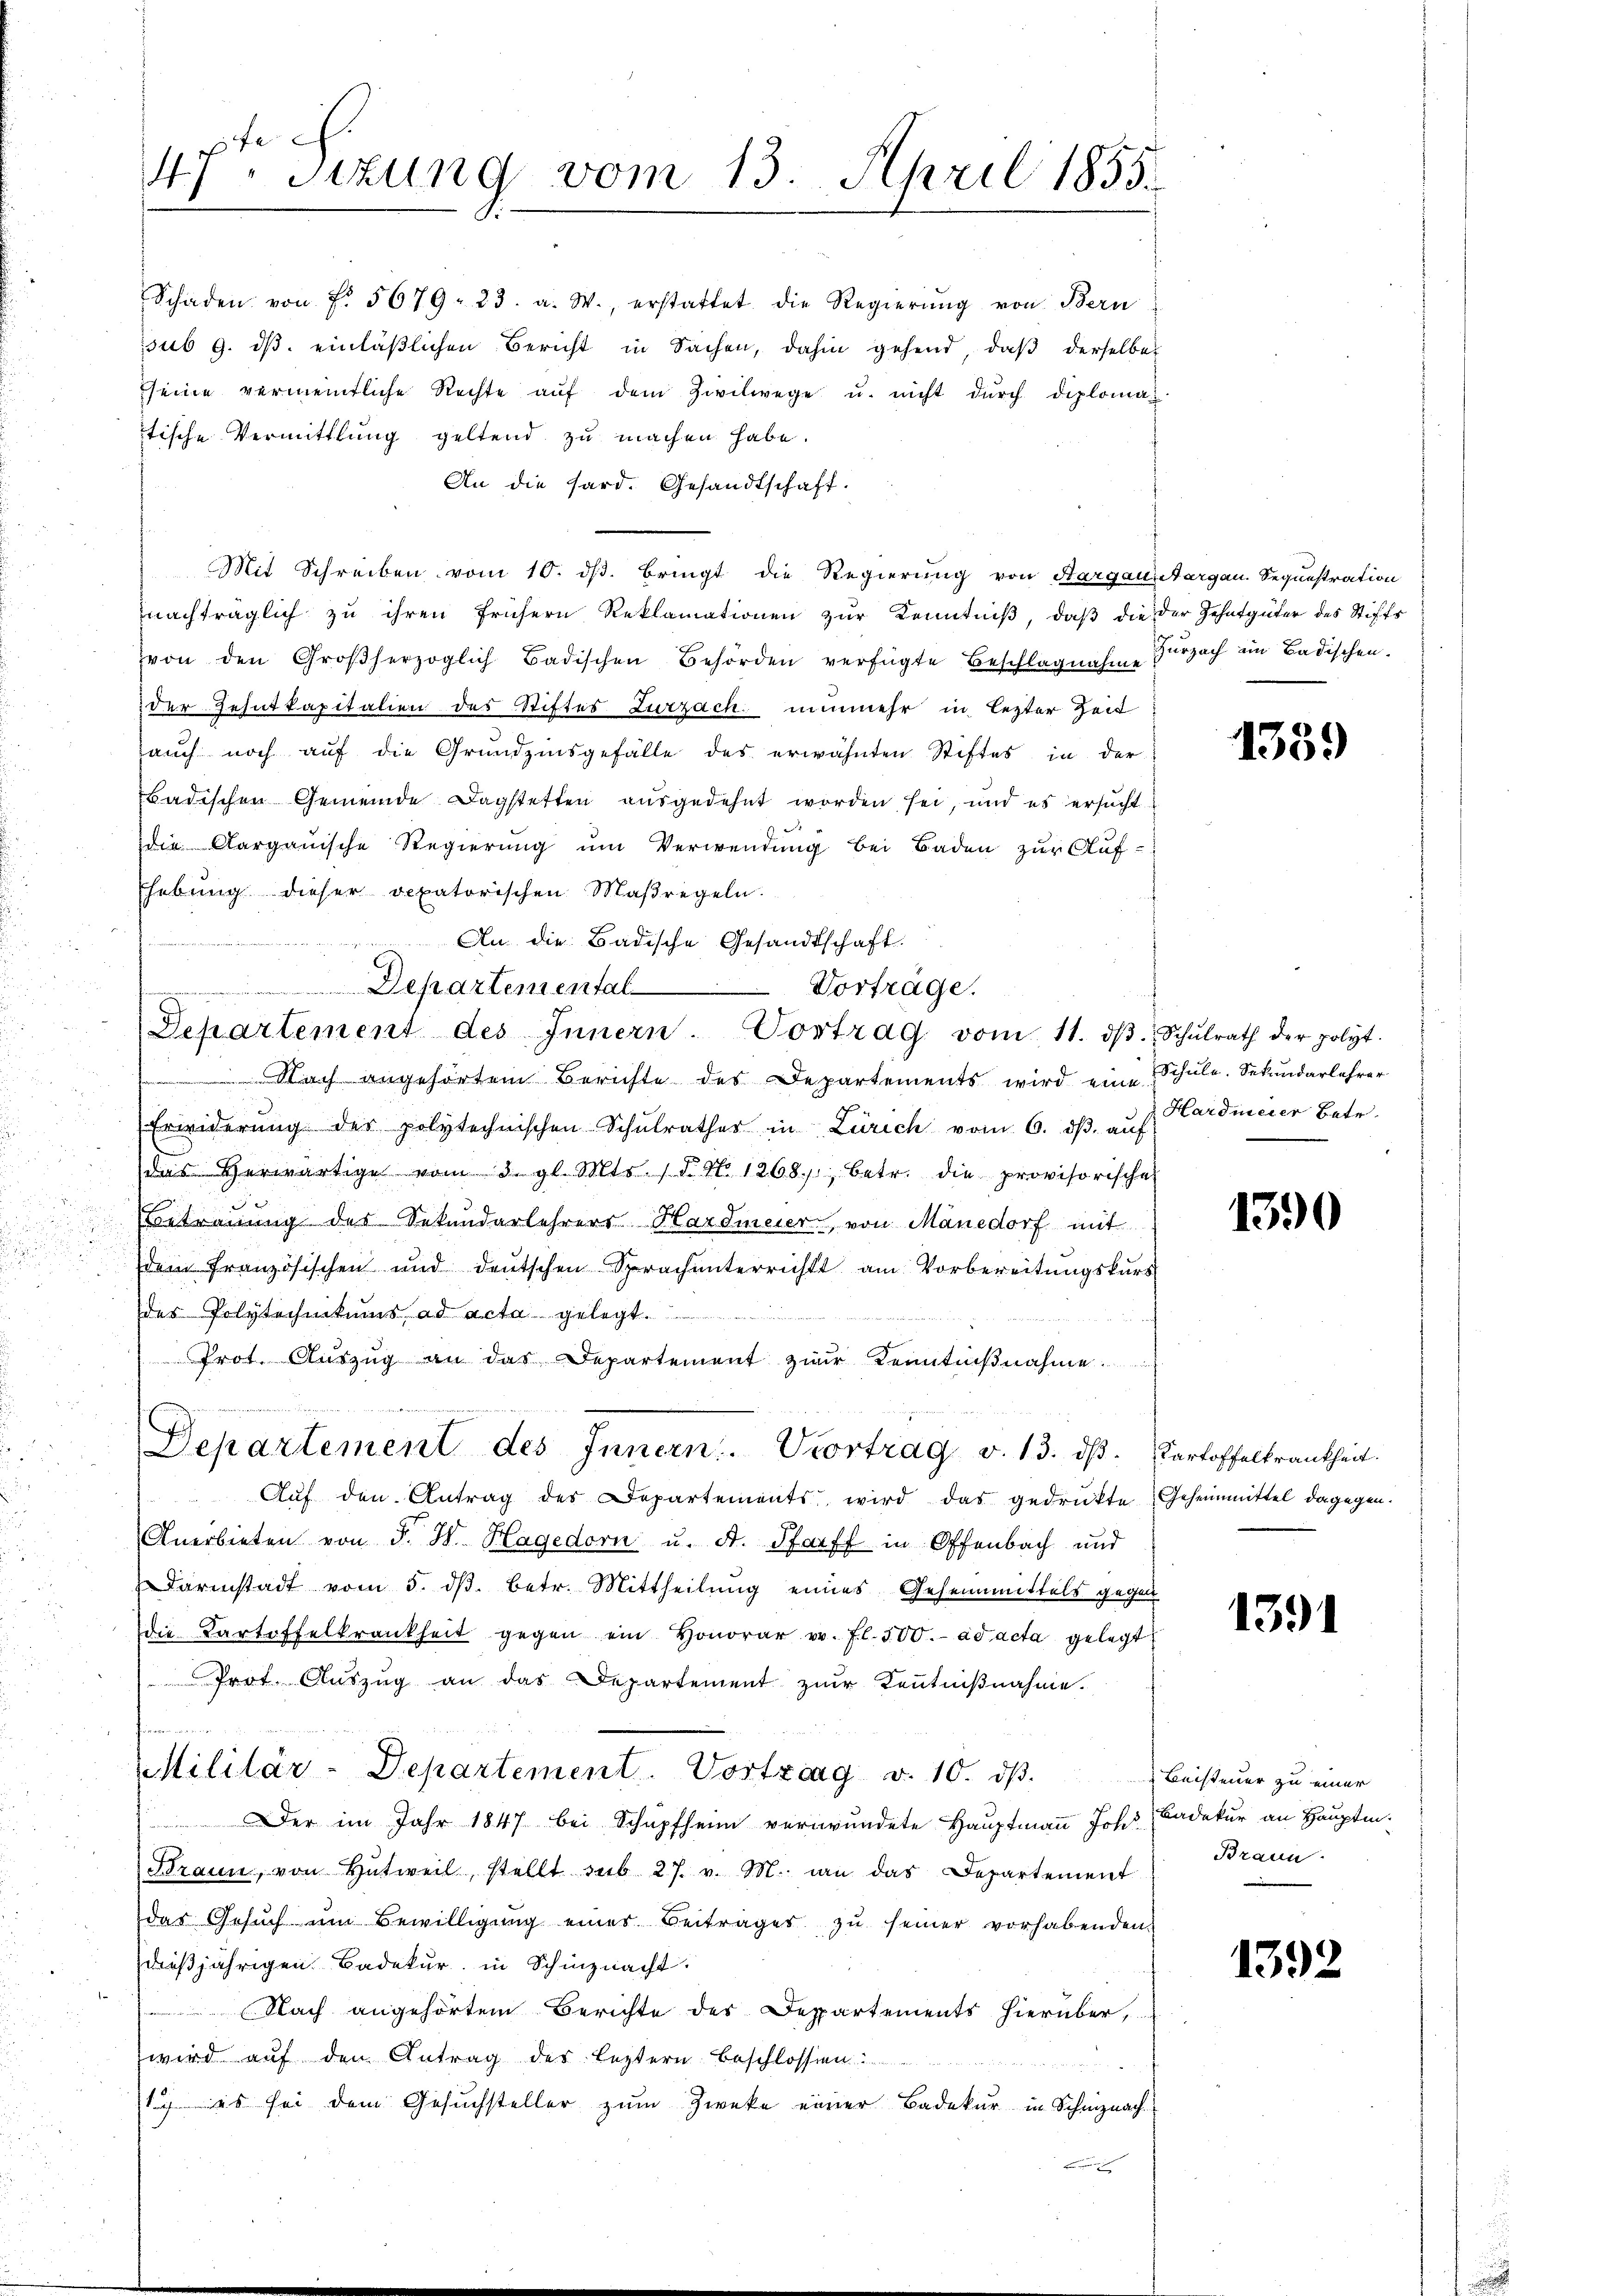
u

Schaden von f. 5679. 23. a. W., erstattet die Regierŭng von Bern
sub 9. ds. einläßlichen Bericht in Sachen, dahin gehend, daß derselbe
seine vermeintliche Rechte aŭf dem Zivilwege u. nicht dŭrch diploma
tische Vermittlung geltend zu machen habe.
An die Hard. Gesandtschaft.
Mit Schreiben vom 10. ds. bringt die Regierung von Aargauitargau Sequestration
nachträglich zu ihren frühern Reklamationen zur Kenntniß, daß die der Zehntgüter des Stiffs
von den Großherzoglich Badischen Behörden verfügte Beschlagnahm Herzach im Badischen.
der Zehntkapitalien des Stiftes Zurzach nunmehr in lezter Zeit
auch noch auf die Grundzinsgefälle des erwähnten Stiftes in der
Badischen Gemeinde Dagstetten ausgedehnt worden sei, und es ersucht
4
die Aargauische Regierŭng ŭm Verwendŭng bei Baden zŭr Aŭf-
Ehebung dieser vexatorischen Maßregeln.
An die Badische Gesandtschaft
Departemental Vorträge.
Separtement des Innern. Vortrag vom 11. dβ. Schŭlrath der polyt
ach angehörtem Berichte des Departements wird eine Schule. Sekundarlehrer
Erwiderŭng der polytechnischen Schŭlrathes in Zürich vom 6. dβ aŭf Hardmeier Betr.
das Herwärtige vom 3. gl. Mts. (T. No 1268. betr. die provisorische
Betrauung des Sekundarlehrers Hardmeier, von Mänedorf mit
dem französischen und deutschen Sprach unterrichts am Vorbereitungskurs
der Polytechnikums ad acta gelegt.
Prof. Auszug an das Departement zur Kenntniβnahme.
Departement des Innern. Vortrag v. 13. dβ. Cartoffelkrankheit.
Aŭf den Antrag des Departements wird das gedrükte Geheimmittel dagegen.
Anerbieten von F. W. Hagedorn u. A. Pfarff in Offenbach und
Darmstadt vom 5. ds. betr. Mittheilung eines Gehenmittels gegen
die Kartoffelkrankheit gegen ein Honorar v. fl. 500. ad acta gelegt
Prot. Auszug an das Departement zur Kenntnißnahme.
d
Militär-Departement. Vortrag d. 10. dβ
Der im Jahr 1847 bei Schüpfheim verwundete Hauptmann Joh. Cadetur an Hauptm
Braun, von Entweil, stellt sub 27. v. M. in das Departement
das Gesŭch ŭm Bewilligŭng einer Beitrages zu seiner vorhabenden
dießjährigen Badekur in Schinznacht.
 Nach angehörtem Berichte des Deppartements hierüber,
wird auf den Antrag des leztern beschlossen:
1) es sei dem Gesuchsteller zum Zwecke einer Badekur in Schniznach

c.
47. Sizung vom 13. April 1855.

1359

1390

1391

Beisteuer zu einer
Braun

1392